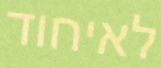
לאיחוד